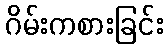
ဂိမ်းကစားခြင်း